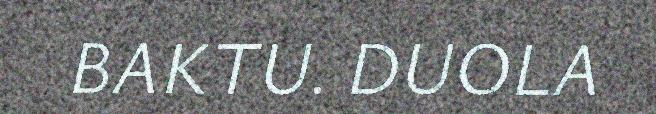
BAKTU. DUOLA